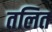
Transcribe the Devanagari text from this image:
तलित